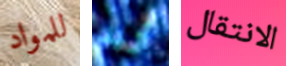
للمواد أريد الانتقال